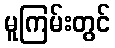
မူကြမ်းတွင်